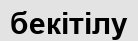
бекітілу